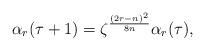
LaTeX: \begin{align*}\alpha_r(\tau+1)=\zeta^{\frac{(2r-n)^2}{8n}}\alpha_r(\tau),\end{align*}